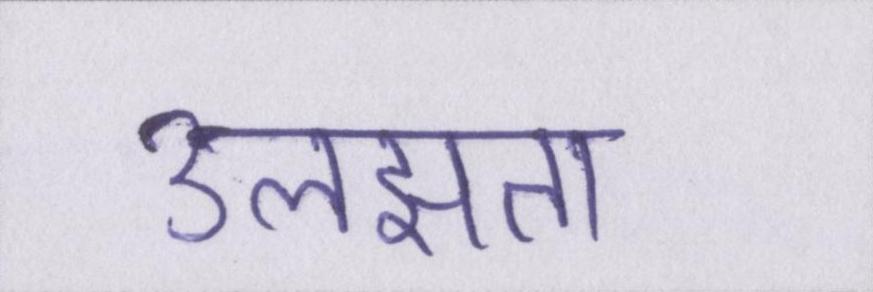
उलझता